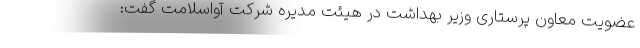
عضویت معاون پرستاری وزیر بهداشت در هیئت مدیره شرکت آواسلامت گفت: